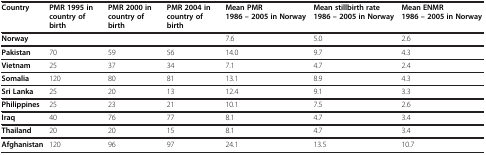
<table><thead><tr><td><b>Country</b></td><td><b>PMR 1995 in country of birth</b></td><td><b>PMR 2000 in country of birth</b></td><td><b>PMR 2004 in country of birth</b></td><td><b>Mean PMR 1986 – 2005 in Norway</b></td><td><b>Mean stillbirth rate 1986 – 2005 in Norway</b></td><td><b>Mean ENMR 1986 – 2005 in Norway</b></td></tr></thead><tbody><tr><td><b>Norway</b></td><td> </td><td> </td><td> </td><td>7.6</td><td>5.0</td><td>2.6</td></tr><tr><td><b>Pakistan</b></td><td>70</td><td>59</td><td>56</td><td>14.0</td><td>9.7</td><td>4.3</td></tr><tr><td><b>Vietnam</b></td><td>25</td><td>37</td><td>34</td><td>7.1</td><td>4.7</td><td>2.4</td></tr><tr><td><b>Somalia</b></td><td>120</td><td>80</td><td>81</td><td>13.1</td><td>8.9</td><td>4.3</td></tr><tr><td><b>Sri Lanka</b></td><td>25</td><td>20</td><td>13</td><td>12.4</td><td>9.1</td><td>3.3</td></tr><tr><td><b>Philippines</b></td><td>25</td><td>23</td><td>21</td><td>10.1</td><td>7.5</td><td>2.6</td></tr><tr><td><b>Iraq</b></td><td>40</td><td>76</td><td>77</td><td>8.1</td><td>4.7</td><td>3.4</td></tr><tr><td><b>Thailand</b></td><td>20</td><td>20</td><td>15</td><td>8.1</td><td>4.7</td><td>3.4</td></tr><tr><td><b>Afghanistan</b></td><td>120</td><td>96</td><td>97</td><td>24.1</td><td>13.5</td><td>10.7</td></tr></tbody></table>